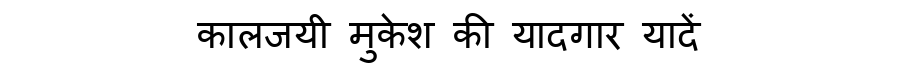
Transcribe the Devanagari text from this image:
कालजयी मुकेश की यादगार यादें